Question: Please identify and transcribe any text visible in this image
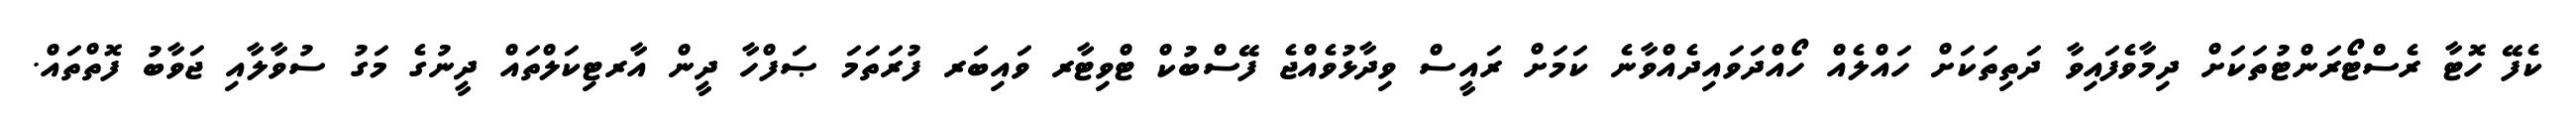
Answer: ކެފޭ ހޮޓާ ރެސްޓޯރަންޓުތަކަށް ދިމާވެފައިވާ ދަތިތަކަށް ހައްލެއް ހޯއްދަވައިދެއްވާނެ ކަމަށް ރައީސް ވިދާޅުވެއްޖެ ފޭސްބުކް ޓްވިޓާރ ވައިބަރ ފުރަތަމަ ޞަފްހާ ދީން އާރޓިކަލްތައް ދީނުގެ މަގު ސުވާލާއި ޖަވާބު ފޮތްތައް.